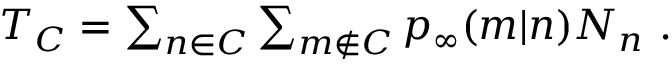
\begin{array} { r } { T _ { C } = \sum _ { n \in C } \sum _ { m \not \in C } p _ { \infty } ( m | n ) N _ { n } \ . } \end{array}